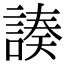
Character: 𧩻